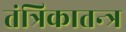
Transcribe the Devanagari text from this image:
तंत्रिकातन्त्र